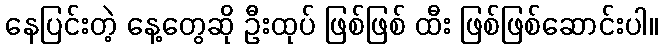
နေပြင်းတဲ့ နေ့တွေဆို ဦးထုပ် ဖြစ်ဖြစ် ထီး ဖြစ်ဖြစ်ဆောင်းပါ။